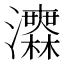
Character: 𤅅